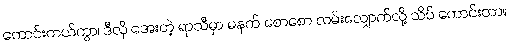
ကောင်းတယ်ကွာ၊ ဒီလို အေးတဲ့ ရာသီမှာ မနက် စောစော လမ်းလျှောက်လို့ သိပ် ကောင်းတာ။